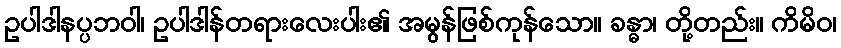
ဥပါဒါနပ္ပဘဝါ၊ ဥပါဒါန်တရားလေးပါး၏ အမွန်ဖြစ်ကုန်သော။ ခန္ဓာ၊ တို့တည်း။ ကိမိဝ၊